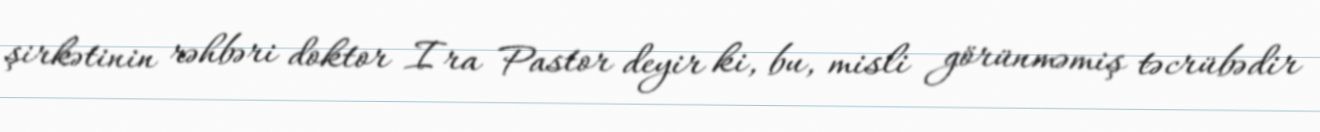
şirkətinin rəhbəri doktor Ira Pastor deyir ki, bu, misli görünməmiş təcrübədir